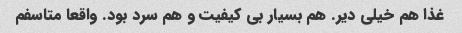
غذا هم خیلی دیر. هم بسیار بی کیفیت و هم سرد بود. واقعا متاسفم